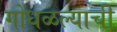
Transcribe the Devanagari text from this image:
गोंधळल्याची